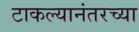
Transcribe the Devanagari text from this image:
टाकल्यानंतरच्या